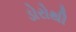
ડોરોથી